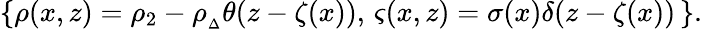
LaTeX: \{ \rho(x,z)=\rho_{2}-\rho_{{}_{\Delta}}\theta(z-\zeta(x)),\, \varsigma(x,z)=\sigma(x)\delta(z-\zeta(x))\, \} .